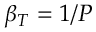
\beta _ { T } = 1 / P